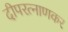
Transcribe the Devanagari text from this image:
दीपरत्नाणकर